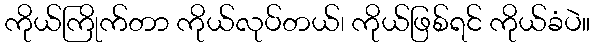
ကိုယ်ကြိုက်တာ ကိုယ်လုပ်တယ်၊ ကိုယ်ဖြစ်ရင် ကိုယ်ခံပဲ။